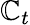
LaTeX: \mathbb{C}_{t}